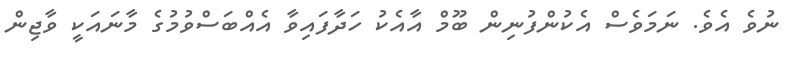
ނުވެ އެވެ. ނަމަވެސް އެކުންފުނިން ބޫމް އާއެކު ހަދާފައިވާ އެއްބަސްވުމުގެ މާނައަކީ ވާޖިން